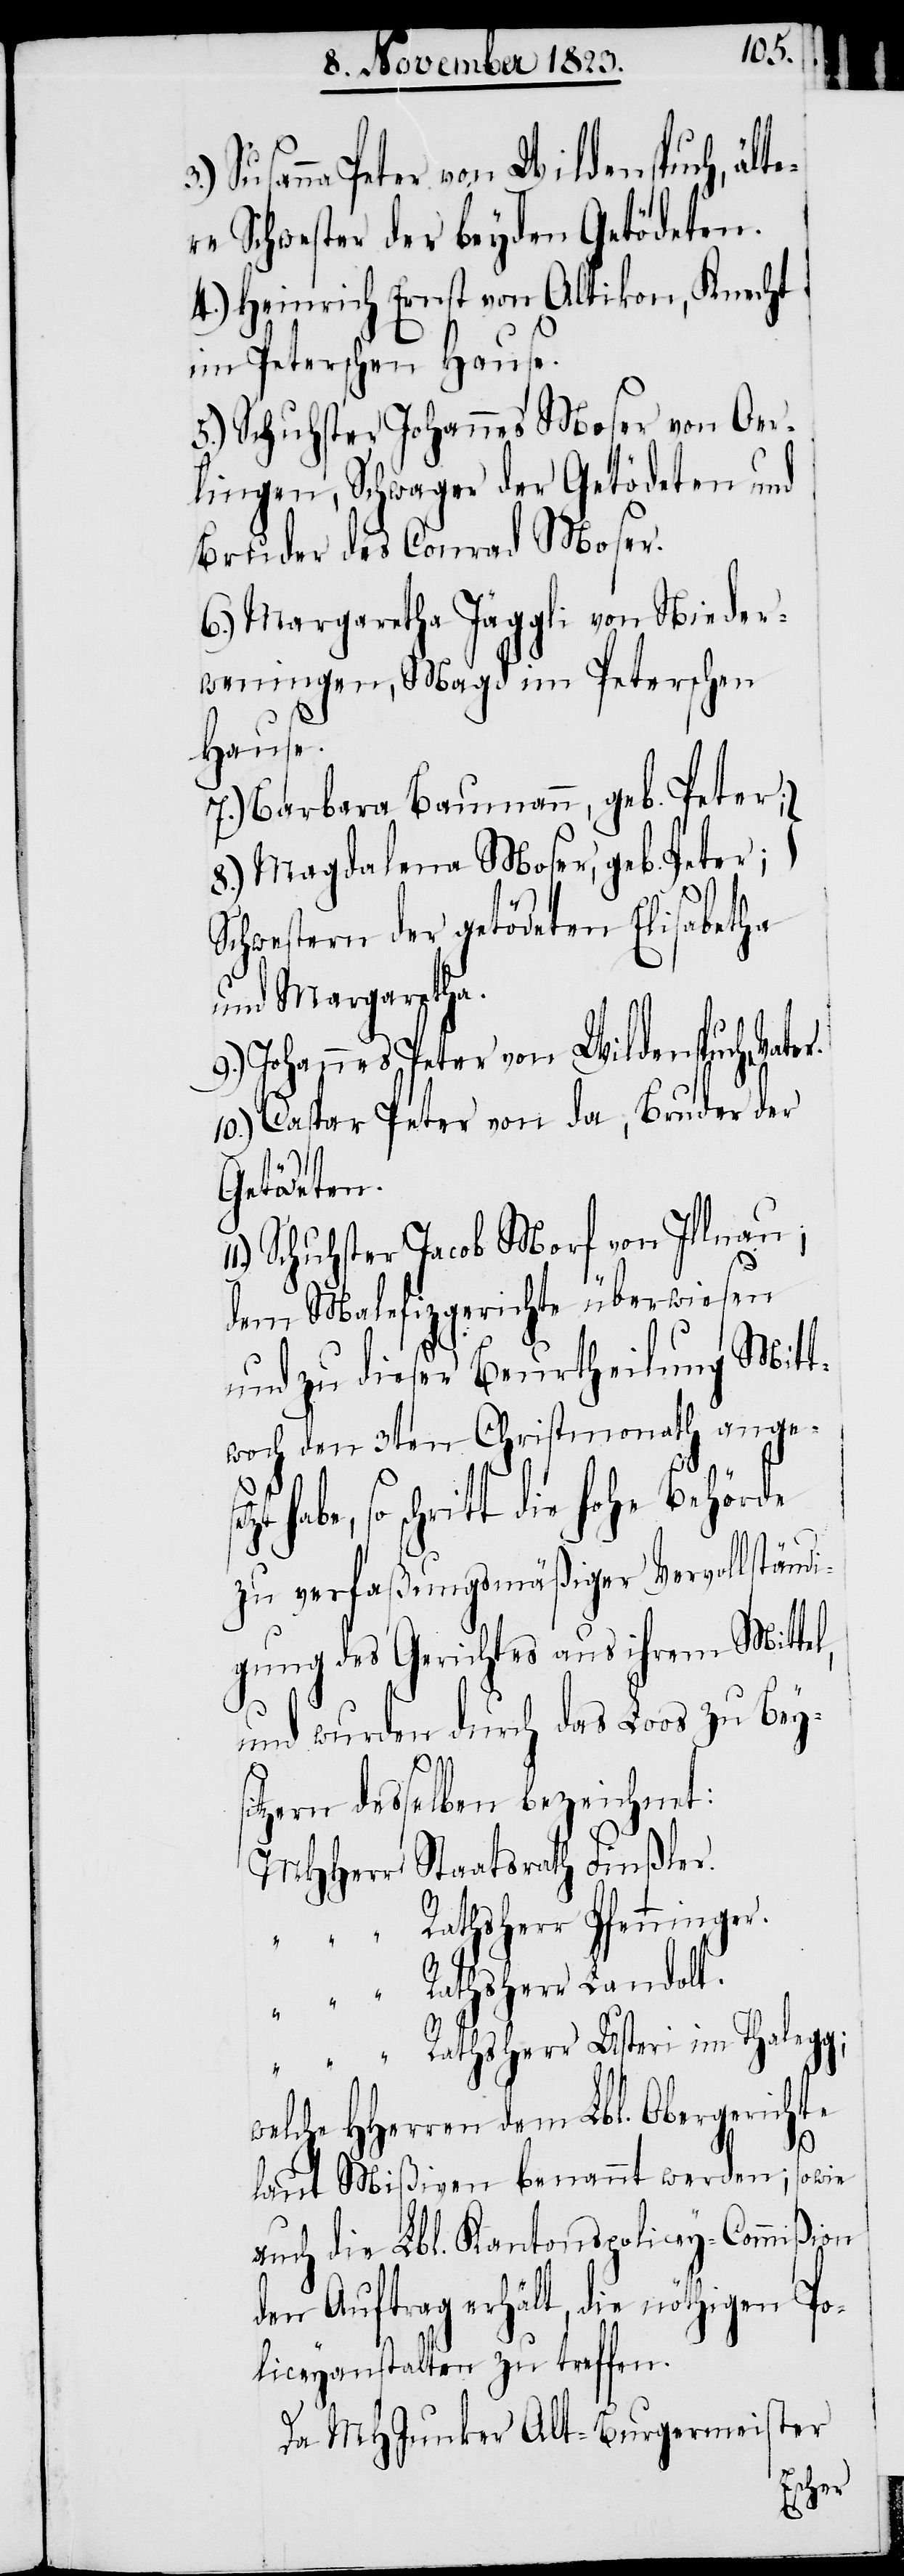
Susanna Peter von Wildenspuch, ält¬
ere Schwester der beyden Getödeten.
4.) Heinrich Ernst von Altikon, Knecht
im Peterschen Hause.
5.) Schuhster Johannes Moser von Oer¬
lingen, Schwager der Getödeten und
Bruder des Conrad Moser.
6.) Margaretha Jäggli von Nieder¬
weningen, Magd im Peterschen
Hause.
7.) Barbara Baumann, geb. Peter;
Magdalena Moser, geb. Peter;
chwestern der getödeten Elisabetha
und Margaretha.]
9.) Johannes Peter von Wildenspuch, Vater.
10.) Caspar Peter von da, Bruder der
Getödeten.
Schuhster Jacob Morf von Illnau;
dem Malefizgerichte überwiesen
Mitt¬
und zu dieser Beurtheilung
woch den 3ten Christmonath ange¬
setzt
so schritt die hohe Behörde
zu verfaßungsmäßiger Vervollständ¬
igung des Gerichtes aus ihrem Mittel,
und wurden durch das Loos zu Beys¬
11.)
itzern desselben bezeichnet:
MHHerr Staatsrath Finßler.
„ Rathsherr Pfenninger.
„ Rathsherr Landolt.
„ Rathsherr Usteri im Thalegg;
welche HHerren dem Lbl. Obergerichte
laut Mißiven benannt werden; sowie
auch die Lbl. Kantonspolicey-Commißion
den Auftrag erhält, die nöthigen Po¬
liceyanstalten zu treffen.
Da MHJunker Alt-Burgermeister
[S¬